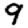
Digit: 9